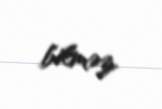
bilməz.